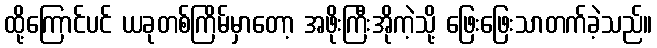
ထို့ကြောင်ပင် ယခုတစ်ကြိမ်မှာတော့ အဖိုးကြီးအိုကဲ့သို့ ဖြေးဖြေးသာတက်ခဲ့သည်။